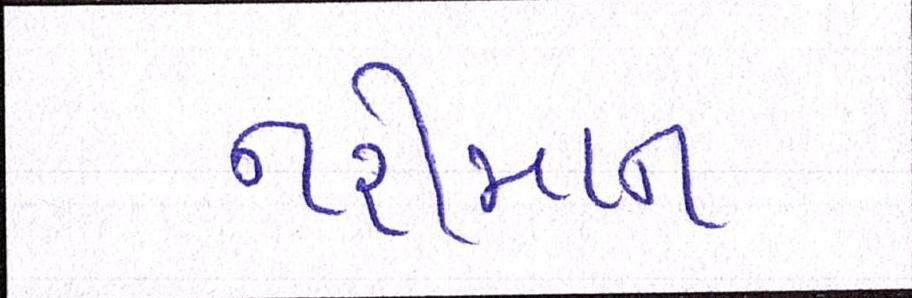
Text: નરીમાન